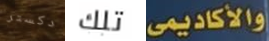
دكستر تلك والأكاديمي